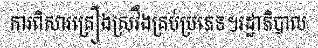
ការពិសារគ្រឿងស្រវឹងគ្រប់ប្រភេទ។រដ្ឋាភិបាល